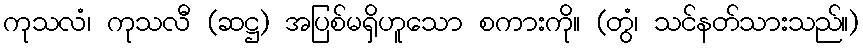
ကုသလံ၊ ကုသလီ (ဆဋ္ဌ) အပြစ်မရှိဟူသော စကားကို။ (တွံ၊ သင်နတ်သားသည်။)